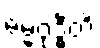
ဓမ္မဝုဒ္ဓီတိ